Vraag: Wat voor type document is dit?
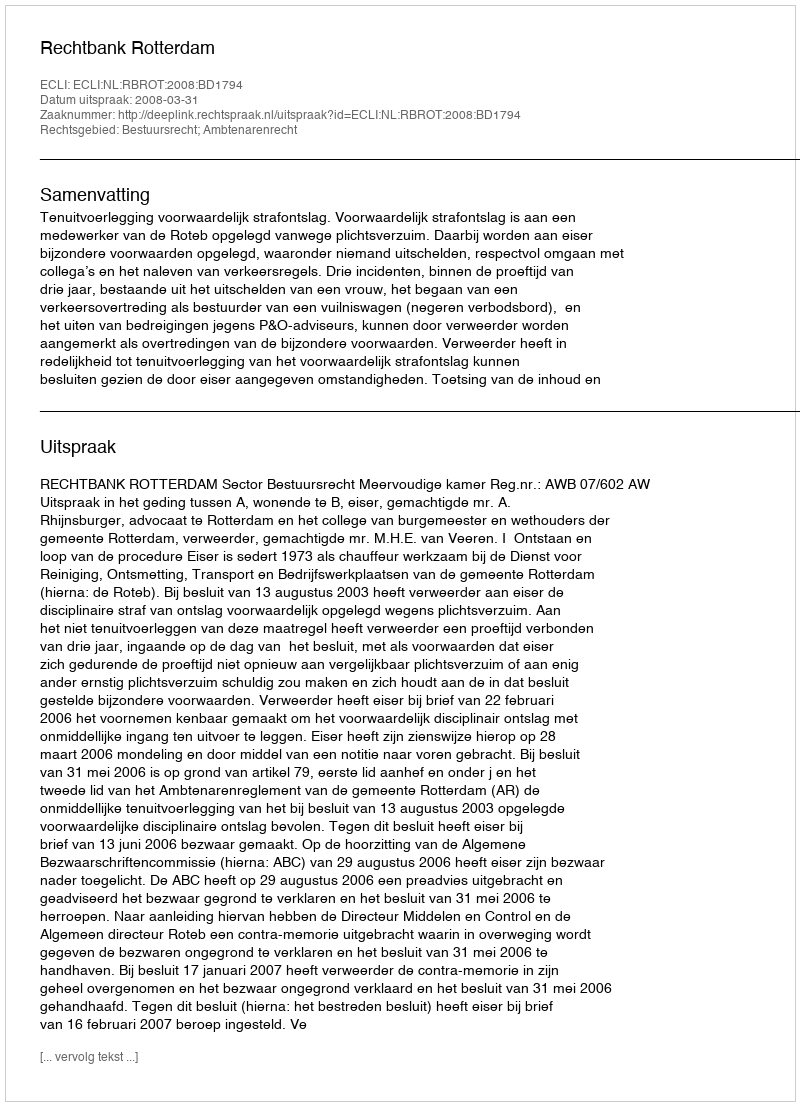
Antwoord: Uitspraak